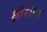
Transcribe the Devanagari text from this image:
क्षीरोदा